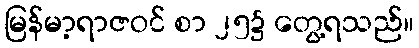
မြန်မာ့ရာဇဝင် စာ ၂၅၌ တွေ့ရသည်။